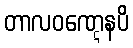
တာလဝဏ္ဋေနပိ